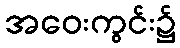
အဝေးကွင်း၌